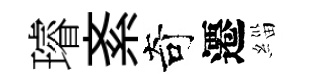
璿紊奇遷緇